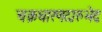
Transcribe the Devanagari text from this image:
चक्रधारणदारुभेदः